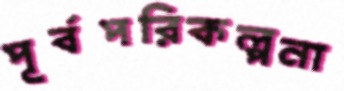
পূর্বপরিকল্পনা